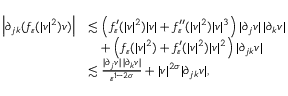
\begin{array} { r l } { \left| \partial _ { j k } ( f _ { \varepsilon } ( | v | ^ { 2 } ) v ) \right| } & { \lesssim \left( f _ { \varepsilon } ^ { \prime } ( | v | ^ { 2 } ) | v | + f _ { \varepsilon } ^ { \prime \prime } ( | v | ^ { 2 } ) | v | ^ { 3 } \right) | \partial _ { j } v | \, | \partial _ { k } v | } \\ & { \quad + \left( f _ { \varepsilon } ( | v | ^ { 2 } ) + f _ { \varepsilon } ^ { \prime } ( | v | ^ { 2 } ) | v | ^ { 2 } \right) | \partial _ { j k } v | } \\ & { \lesssim \frac { | \partial _ { j } v | \, | \partial _ { k } v | } { \varepsilon ^ { 1 - 2 \sigma } } + | v | ^ { 2 \sigma } | \partial _ { j k } v | , } \end{array}